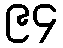
၉၄